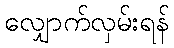
လျှောက်လှမ်းရန်